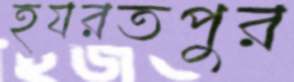
হযরতপুর